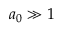
a _ { 0 } \gg 1